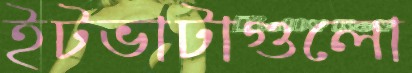
ইটভাটাগুলো